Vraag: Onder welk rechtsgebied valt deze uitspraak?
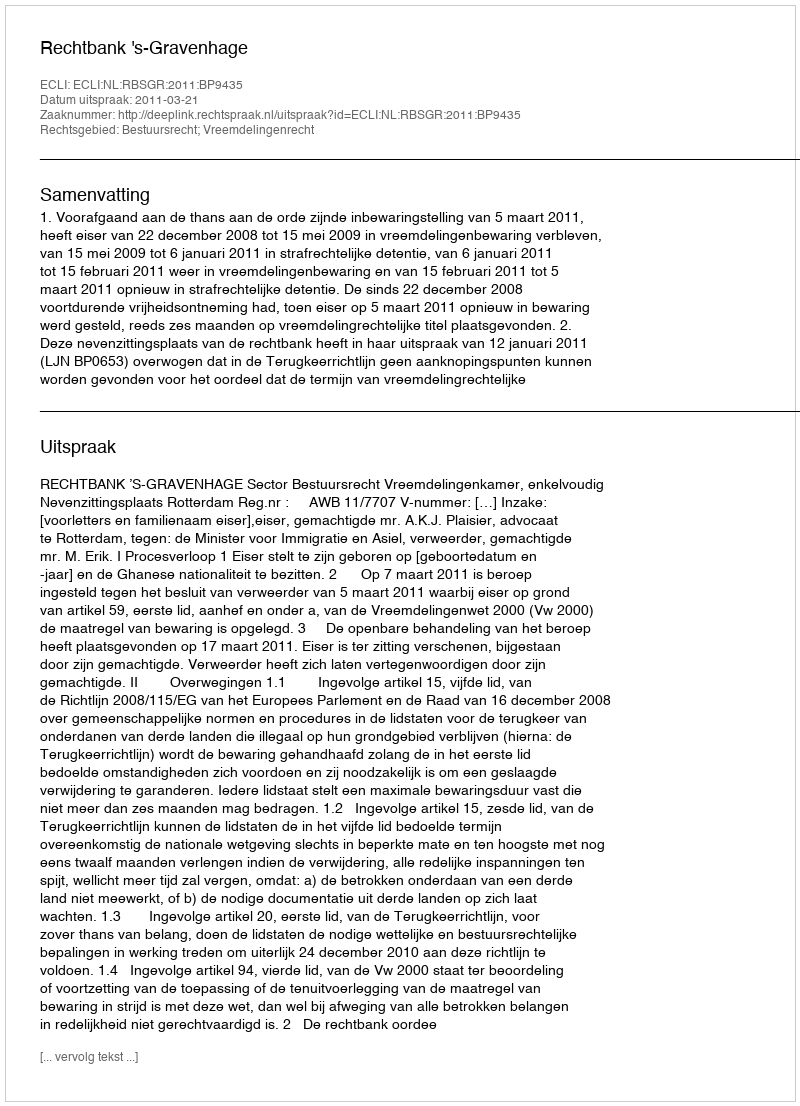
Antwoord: Bestuursrecht; Vreemdelingenrecht